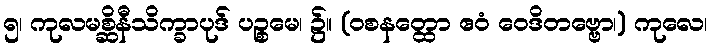
၅၊ ကုလမစ္ဆိနီသိက္ခာပုဒ် ပဉ္စမေ၊ ၌။ (ဝစနတ္ထော ဧဝံ ဝေဒိတဗ္ဗော၊) ကုလေ၊